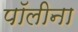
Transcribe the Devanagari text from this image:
पॉलीना